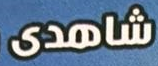
شاهدى